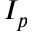
I _ { p }